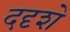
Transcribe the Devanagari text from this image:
ददृशे